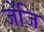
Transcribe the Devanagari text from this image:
जेंजि